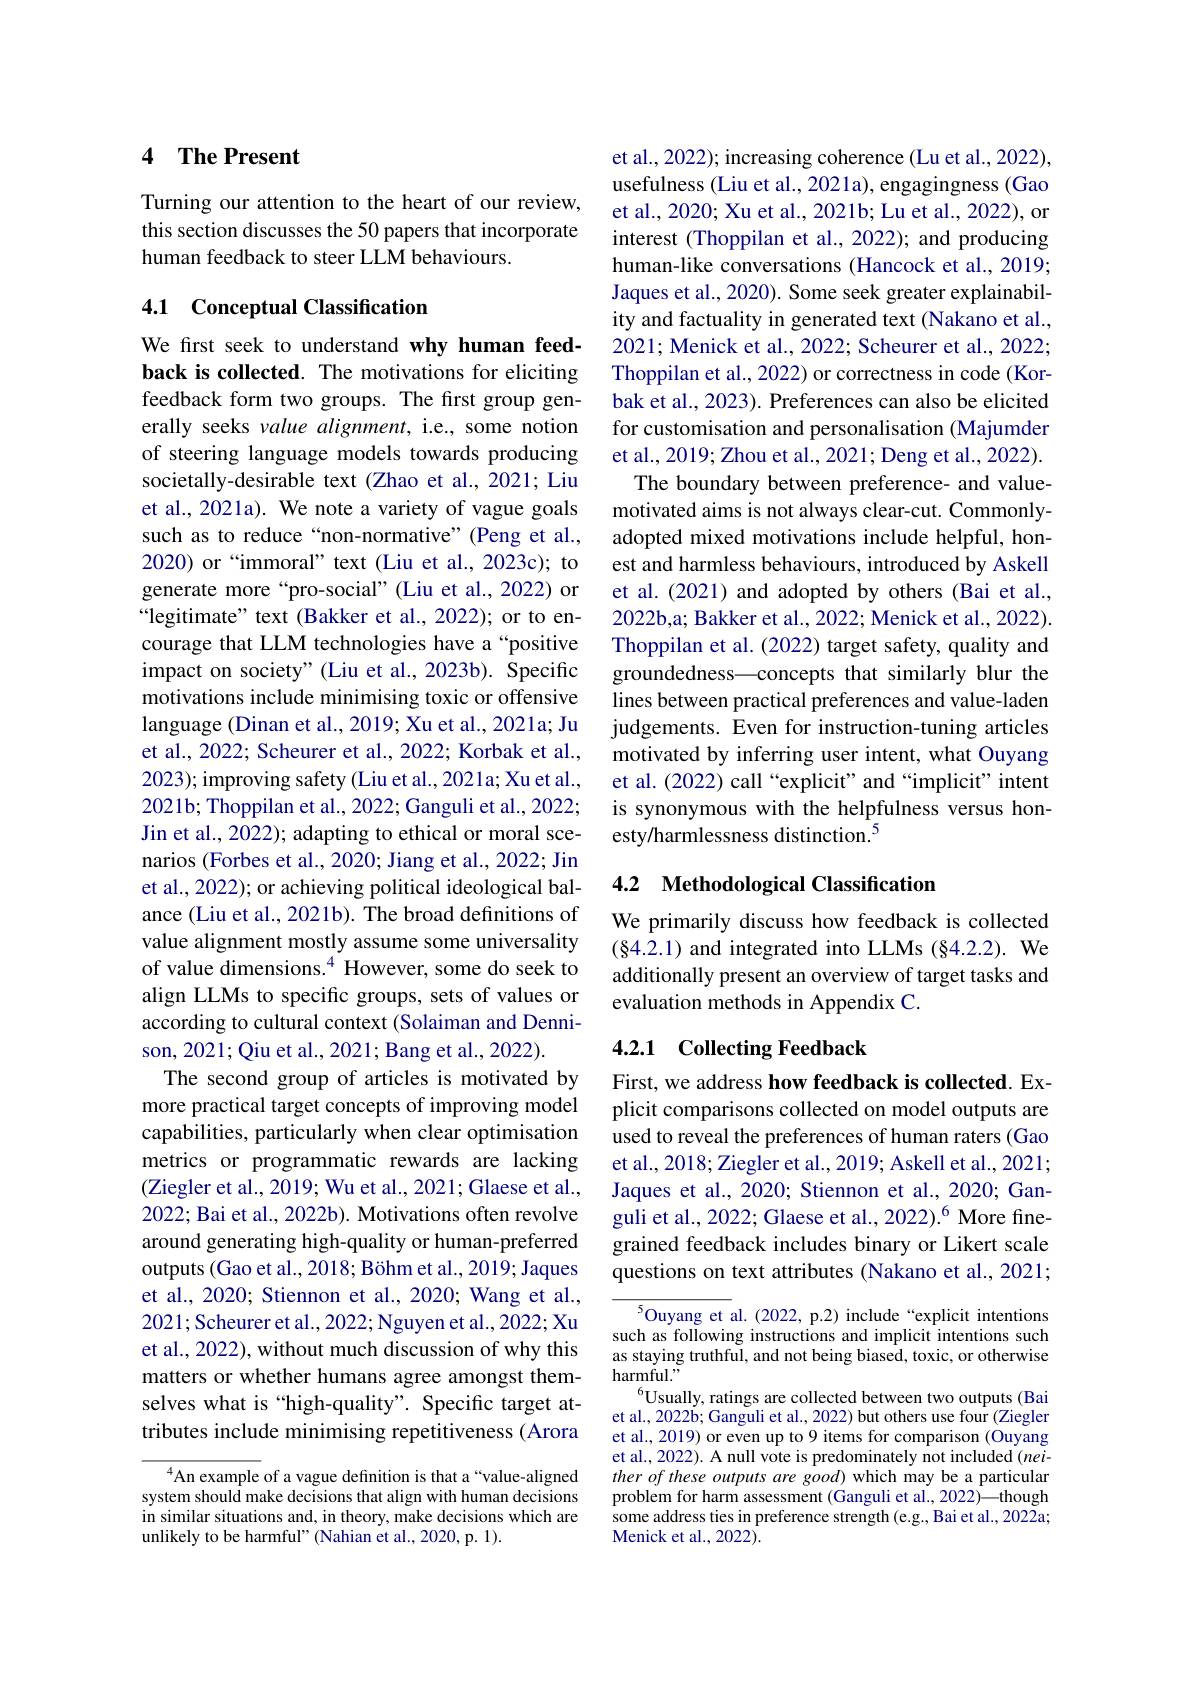
## 4 $\textbf{The Present}$

Turning our attention to the heart of our review, this section discusses the 50 papers that incorporate human feedback to steer LLM behaviours.

## 4.1 Conceptual Classification

We frst seek to understand why human feedback is collected. The motivations for eliciting feedback form two groups. The first group generally seeks value alignment, i.e., some notion of steering language models towards producing societally-desirable text (Zhao et al., 2021; Liu et al., 2021a). We note a variety of vague goals such as to reduce“non-normative”(Peng et al., 2020) or “immoral” text (Liu et al., 2023c); to generate more“pro-social”(Liu et al., 2022) or “legitimate” text (Bakker et al., 2022); or to encourage that LLM technologies have a“positive impact on society" (Liu et al.,2023b). Specific motivations include minimising toxic or offensive language (Dinan et al., 2019; Xu et al., 2021a; Ju et al., 2022; Scheurer et al., 2022; Korbak et al., 2023); improving safety (Liu et al., 2021a; Xu et al., 2021b; Thoppilan et al., 2022; Ganguli et al., 2022; Jin et al., 2022); adapting to ethical or moral scenarios (Forbes et al., 2020; Jiang et al., 2022; Jin et al., 2022); or achieving political ideological balance (Liu et al., 2021b). The broad definitions of value alignment mostly assume some universality of value dimensions.$^{4}$ However, some do seek to align LLMs to specific groups, sets of values or according to cultural context (Solaiman and Dennison, 2021; Qiu et al., 2021; Bang et al., 2022).
The second group of articles is motivated by more practical target concepts of improving model capabilities, particularly when clear optimisation metrics or programmatic rewards are lacking (Ziegler et al., 2019; Wu et al., 2021; Glaese et al., 2022; Bai et al., 2022b). Motivations often revolve around generating high-quality or human-preferred outputs (Gao et al., 2018; Böhm et al., 2019; Jaques et al., 2020; Stiennon et al., 2020; Wang et al., 2021;Scheurer et al.,2022; Nguyen et al., 2022; Xu et al., 2022), without much discussion of why this matters or whether humans agree amongst themselves what is “high-quality”. Specific target attributes include minimising repetitiveness (Arora
$^{4}$An example of a vague definition is that a“value-aligned

system should make decisions that align with human decisions in similar situations and, in theory, make decisions which are unlikely to be harmful" (Nahian et al., 2020, p. 1).

et al., 2022); increasing coherence (Lu et al., 2022), usefulness (Liu et al., 2021a), engagingness (Gao et al., 2020; Xu et al., 2021b; Lu et al., 2022), or interest (Thoppilan et al., 2022); and producing human-like conversations (Hancock et al., 2019; Jaques et al., 2020). Some seek greater explainability and factuality in generated text (Nakano et al., 2021; Menick et al., 2022; Scheurer et al., 2022; Thoppilan et al., 2022) or correctness in code (Korbak et al., 2023). Preferences can also be elicited for customisation and personalisation (Majumder et al., 2019; Zhou et al., 2021; Deng et al., 2022).
The boundary between preference- and valuemotivated aims is not always clear-cut. Commonlyadopted mixed motivations include helpful, honest and harmless behaviours, introduced by Askell et al.(2021) and adopted by others (Bai et al., 2022b,a; Bakker et al., 2022; Menick et al., 2022) Thoppilan et al. (2022) target safety, quality and groundedness—concepts that similarly blur the lines between practical preferences and value-laden judgements. Even for instruction-tuning articles motivated by inferring user intent, what Ouyang et al. (2022) call “explicit” and“implicit” intent is synonymous with the helpfulness versus honesty/harmlessness distinction.$^{5}$

## 4.2 Methodological Classification

We primarily discuss how feedback is collected (§4.2.1) and integrated into LLMs (§4.2.2). We additionally present an overview of target tasks and evaluation methods in Appendix C.

## 4.2.1 Collecting Feedback

First, we address how feedback is collected. Explicit comparisons collected on model outputs are used to reveal the preferences of human raters (Gao et al., 2018; Ziegler et al., 2019; Askell et al., 2021; Jaques et al., 2020; Stiennon et al., 2020; Ganguli et al., 2022; Glaese et al., 2022).$^{6}$ More fnegrained feedback includes binary or Likert scale questions on text attributes (Nakano et al., 2021;

${^{5}\text{Ouyang et al.(2022, p.2) include“explicit intentions}}$ such as following instructions and implicit intentions such as staying truthful, and not being biased, toxic, or otherwise harmful."
$^{6}$Usually, ratings are collected between two outputs(Bai et al., 2022b; Ganguli et al., 2022) but others use four (Ziegler et al., 2019) or even up to 9 items for comparison (Ouyang et al., 2022). A null vote is predominately not included (neither of these outputs are good) which may be a particular problem for harm assessment (Ganguli et al., 2022)—though some address ties in preference strength (e.g., Bai et al., 2022a; Menick et al., 2022).